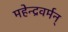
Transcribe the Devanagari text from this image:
महेन्द्रवर्मन्